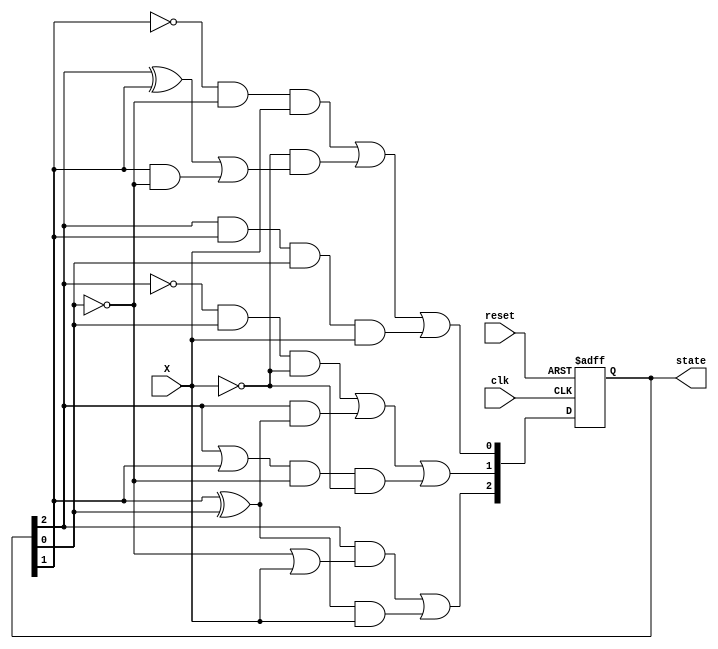
module landrover (
  input wire X, clk, reset,
  output reg [2:0] state
);

  reg A,B,C;
  reg [2:0] next_state;
  
  always @(posedge clk or posedge reset) begin
  
	 if(reset == 1)
	 begin
	 
		state <= 3'b000;
		
	 end
	 
	 else
	 begin
  
		 A = state[2];
		 B = state[1];
		 C = state[0];
		 
		 next_state[2] = ( A & ( !C | X ) ) | ( (B ^ C) & X );
		 next_state[1] = ( !A & C & !X ) | ( A & (B ^ C) ) | ( (A | B) & !C & !X );
		 next_state[0] = ( !B & !C & X ) | ( !X & ( ( A ^ B ) | ( B & !C ) ) ) | ( A & B & C & X ); 
		 
		 
		 state <= next_state;

	 end
	 
  end
  
  initial begin
    state <= 3'b000; // Initialize state to 000
  end

  
endmodule